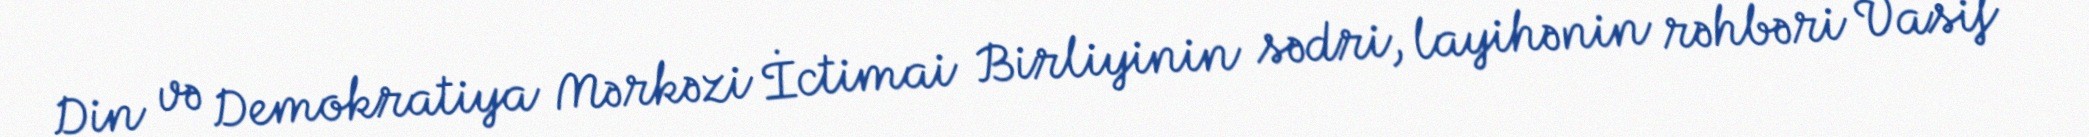
Din və Demokratiya Mərkəzi İctimai Birliyinin sədri, layihənin rəhbəri Vasif